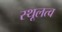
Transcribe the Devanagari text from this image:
स्थूलत्व